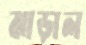
ঝাড়াল